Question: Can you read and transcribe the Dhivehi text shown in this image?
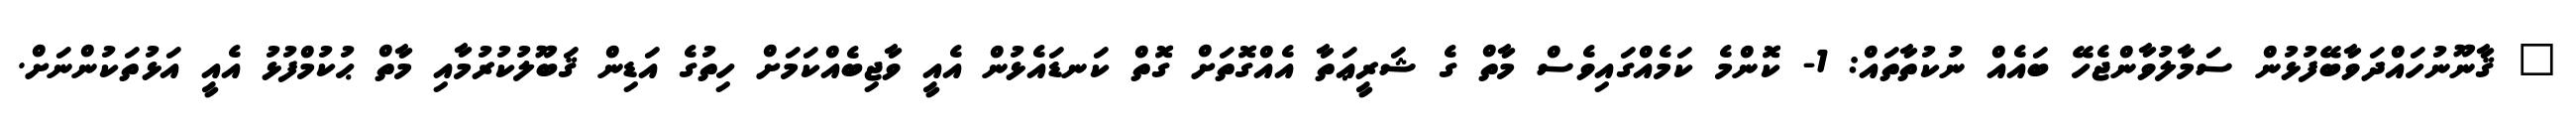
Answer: " ޤާނޫނުހައްދަވާބޭފުޅުން ސަމާލުވާންޖެހޭ ބައެއް ނުކުތާތައް: 1- ކޮންމެ ކަމެއްގައިވެސް މާތް ގެ ޝަރީޢަތާ އެއްގޮތަށް ގޮތް ކަނޑައެޅުން އެއީ ވާޖިބެއްކަމަށް ހިތުގެ އަޑިން ޤަބޫލުކުރުމާއި މާތް ޙުކުމްފުޅު އެއީ އަޅުތަކުންނަށް.